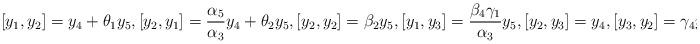
LaTeX: \begin{align*}[y_1, y_2]=y_4+\theta_1y_5, [y_2, y_1]=\frac{\alpha_5}{\alpha_3}y_4+\theta_2y_5, [y_2, y_2]=\beta_2y_5, [y_1, y_3]=\frac{\beta_4\gamma_1}{\alpha_3}y_5, [y_2, y_3]=y_4, [y_3, y_2]=\gamma_4y_5.\end{align*}